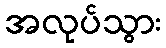
အလုပ်သွား